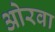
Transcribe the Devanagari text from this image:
ओरवा